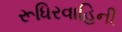
રૂધિરવાહિની